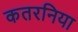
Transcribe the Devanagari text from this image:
कतरनिया